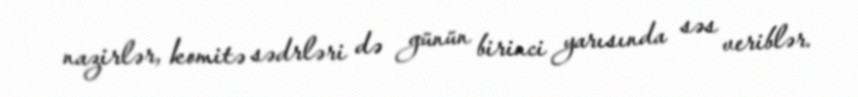
nazirlər, komitə sədrləri də günün birinci yarısında səs veriblər.